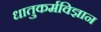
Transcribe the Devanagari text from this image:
धातुकर्मविज्ञान